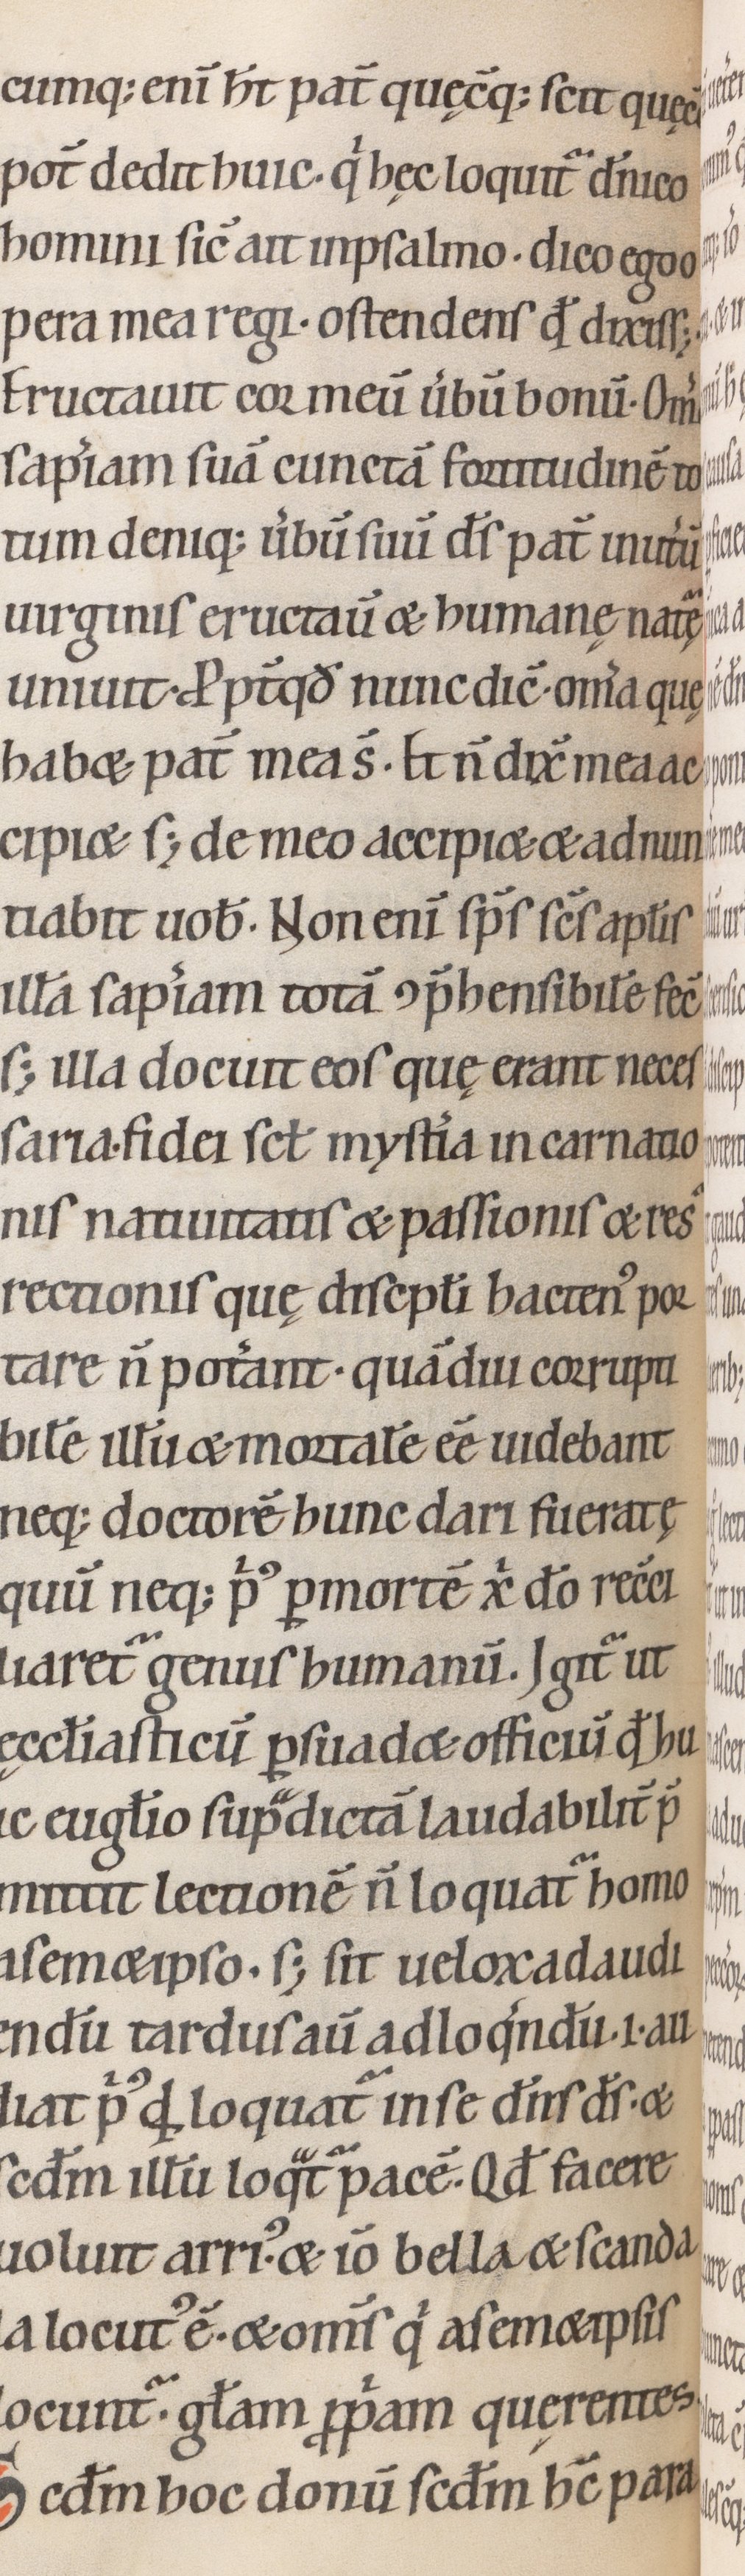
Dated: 1100–1199